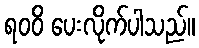
ရဝဝိ ပေးလိုက်ပါသည်။